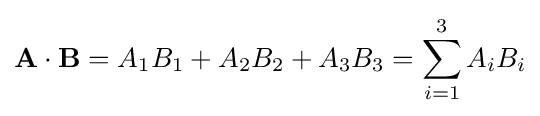
\mathbf {A} \cdot \mathbf {B} =A_{1}B_{1}+A_{2}B_{2}+A_{3}B_{3}=\sum _{i=1}^{3}A_{i}B_{i}